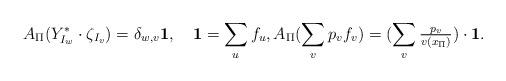
LaTeX: \begin{align*}A_\Pi(Y_{I_w}^* \cdot \zeta_{I_v}) =\delta_{w,v}\mathbf{1}, \quad \mathbf{1}=\sum_u f_u,A_\Pi (\sum_v p_vf_v)=(\sum_{v} \tfrac{p_v}{v(x_\Pi)})\cdot\mathbf{1}.\end{align*}